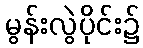
မွန်းလွဲပိုင်း၌